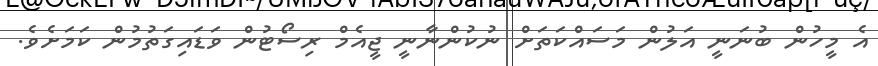
އެ މީހުން ބުނަނީ އަލުން މަސައްކަތަށް ނުކުންނާނީ ޖީއެމް ރިސޯޓުން ވަޑައިގަތުމުން ކަމަށެވެ.